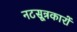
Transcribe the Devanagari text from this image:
नटसूत्रकारों